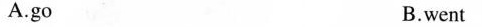
A.go B.went